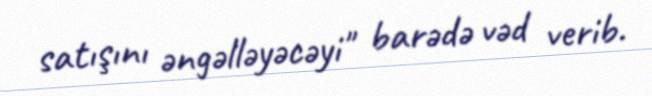
satışını əngəlləyəcəyi" barədə vəd verib.